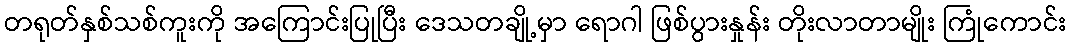
တရုတ်နှစ်သစ်ကူးကို အကြောင်းပြုပြီး ဒေသတချို့မှာ ရောဂါ ဖြစ်ပွားနှုန်း တိုးလာတာမျိုး ကြုံကောင်း